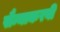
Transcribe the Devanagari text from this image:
सैन्याकरवी